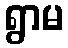
ရွာမ